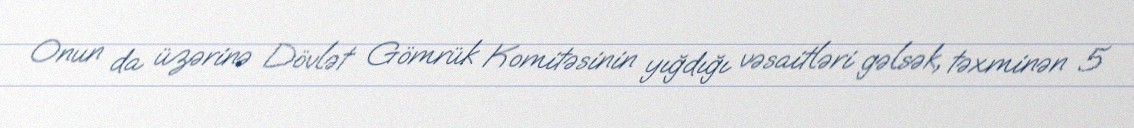
Onun da üzərinə Dövlət Gömrük Komitəsinin yığdığı vəsaitləri gəlsək, təxminən 5